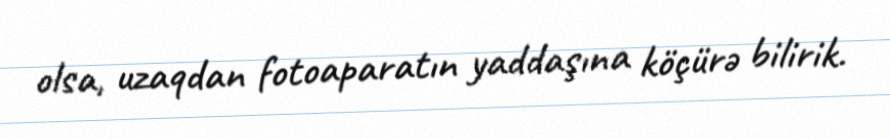
olsa, uzaqdan fotoaparatın yaddaşına köçürə bilirik.